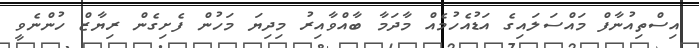
އިސްތިއުނާފް މައްސަލައިގެ އަޑުއެހުމެއް މާދަމާ ބާއްވާއިރު މިދިޔަ މަހުން ފެށިގެން ރިޔާޒް ހުންނެވީ